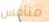
منافس